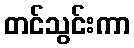
တင်သွင်းကာ